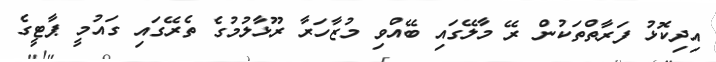
އިދިކޮޅު ފަރާތްތަކުން ރޭ މާލޭގައި ބޭއްވި މުޒާހަރާ ރޫޅާލުމުގެ ތެރޭގައި ގައުމީ ޕާޓީގެ